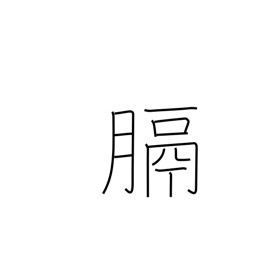
Meaning: diaphragm